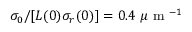
\sigma _ { 0 } / [ L ( 0 ) \sigma _ { r } ( 0 ) ] = 0 . 4 \ \mu \mathrm { ~ m ~ } ^ { - 1 }